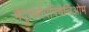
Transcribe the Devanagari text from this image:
मेदुल्लोएपिथेलिओम